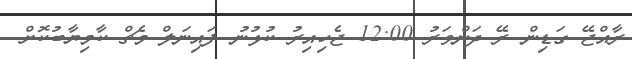
ރާއްޖޭ ގަޑިން ރޭ ދަންވަރު 12:00 ޖެހިއިރު ކުޅުނު ފައިނަލް މެޗް ކާމިޔާބުކޮށް